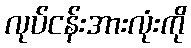
လုပ်ငန်းအားလုံးကို